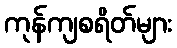
ကုန်ကျစရိတ်များ